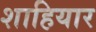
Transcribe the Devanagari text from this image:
शाहियार